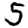
Digit: 5